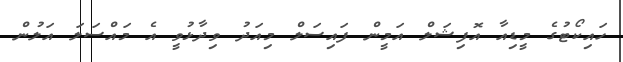
ހައިކޯޓުގެ މީޑިއާ އޮފިޝަލް އަމީން ފައިސަލް މިއަދު ވިދާޅުވީ އެ މައްސަލަ އަލުން